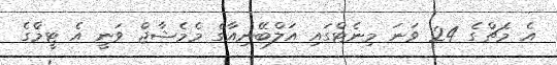
އެ މެޗްގެ 24 ވަނަ މިނެޓްގައި އަލްބޭނިއާގެ މެމެޝާޖް ވަނީ އެ ޓީމްގެ